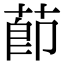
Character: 莭